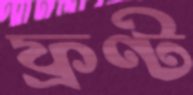
ফ্রণ্ট